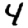
Digit: 4